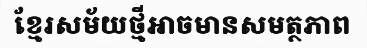
ខ្មែរសម័យថ្មីអាចមានសមត្ថភាព